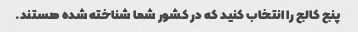
پنج کالج را انتخاب کنید که در کشور شما شناخته شده هستند.